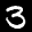
Label: 3